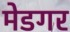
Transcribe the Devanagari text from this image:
मेडगर